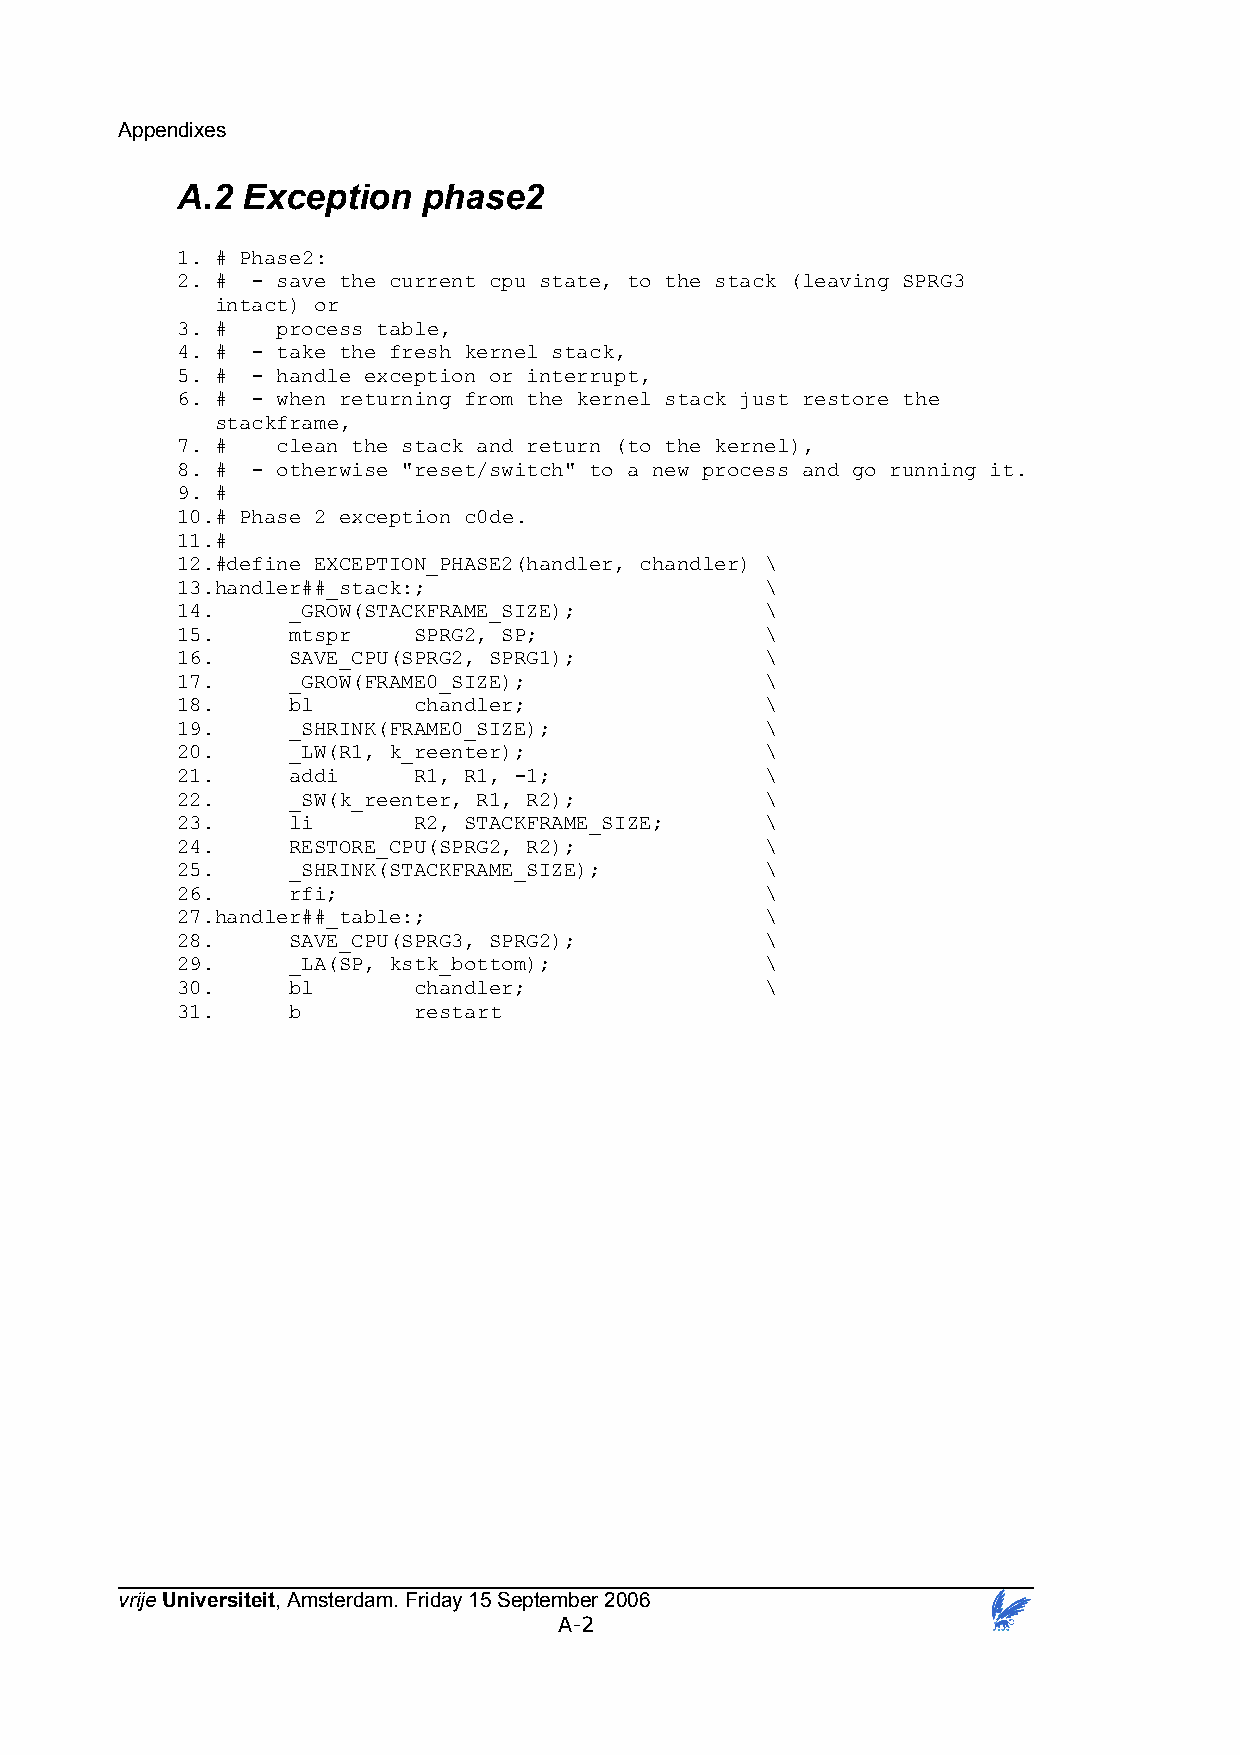
Appendixes
 A.2 Exception   phase2
 1. # Phase2:
 2. # - save the current cpu state, to the stack (leaving SPRG3
 intact) or
 3. #  process table,
 4. # - take the fresh kernel stack,
 5. # - handle exception or interrupt,
 6. # - when returning from the kernel stack just restore the
 stackframe,
 7. #  clean the stack and return (to the kernel),
 8. # - otherwise "reset/switch" to a new process and go running it.
 9. #
 10.# Phase 2 exception c0de.
 11.#
 12.#define EXCEPTION_PHASE2(handler, chandler) \
 13.handler##_stack:;                   \
 14.    _GROW(STACKFRAME_SIZE);         \
 15.    mtspr   SPRG2, SP;              \
 16.    SAVE_CPU(SPRG2, SPRG1);         \
 17.    _GROW(FRAME0_SIZE);             \
 18.    bl      chandler;               \
 19.    _SHRINK(FRAME0_SIZE);           \
 20.    _LW(R1, k_reenter);             \
 21.    addi    R1, R1, -1;             \
 22.    _SW(k_reenter, R1, R2);         \
 23.    li      R2, STACKFRAME_SIZE;    \
 24.    RESTORE_CPU(SPRG2, R2);         \
 25.    _SHRINK(STACKFRAME_SIZE);       \
 26.    rfi;                            \
 27.handler##_table:;                   \
 28.    SAVE_CPU(SPRG3, SPRG2);         \
 29.    _LA(SP, kstk_bottom);           \
 30.    bl      chandler;               \
 31.    b       restart
 vrije Universiteit, Amsterdam. Friday 15 September 2006
 A-2